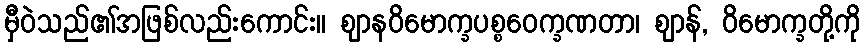
မှီဝဲသည်၏အဖြစ်လည်းကောင်း။ ဈာနဝိမောက္ခပစ္စဝေက္ခဏတာ၊ ဈာန်, ဝိမောက္ခတို့ကို